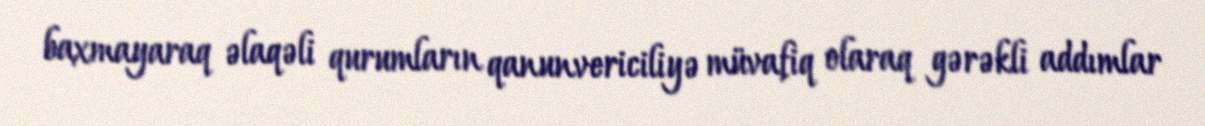
baxmayaraq əlaqəli qurumların qanunvericiliyə müvafiq olaraq gərəkli addımlar